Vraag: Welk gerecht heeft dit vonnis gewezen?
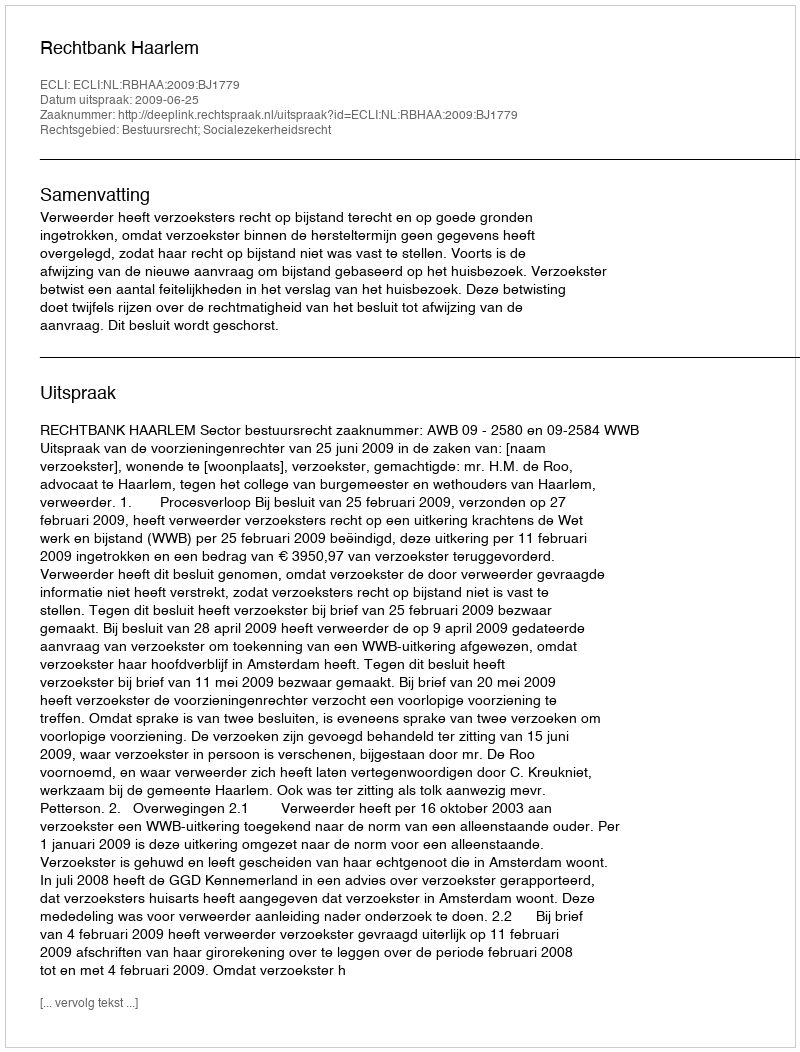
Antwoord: Rechtbank Haarlem